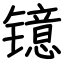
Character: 镱